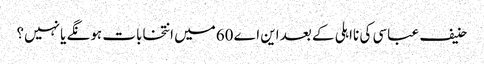
حنیف عباسی کی نااہلی کے بعد این اے 60میں انتخابات ہونگے یا نہیں؟